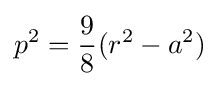
p^{2}={\frac {9}{8}}(r^{2}-a^{2})